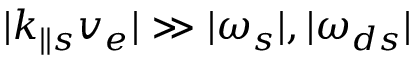
\lvert k _ { \parallel s } v _ { e } \rvert \gg \lvert \omega _ { s } \rvert , \lvert \omega _ { d s } \rvert